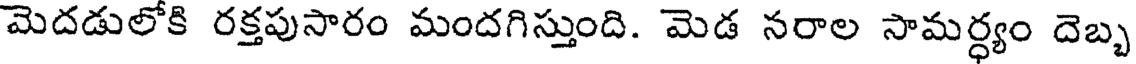
మెదడులోకి రక్తపుసారం మందగిస్తుంది. మెడ నరాల సామర్ధ్యం దెబ్బ